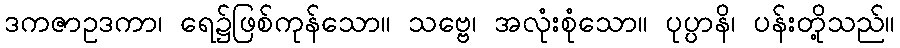
ဒကဇာဥဒကာ၊ ရေ၌ဖြစ်ကုန်သော။ သဗ္ဗေ၊ အလုံးစုံသော။ ပုပ္ပာနိ၊ ပန်းတို့သည်။